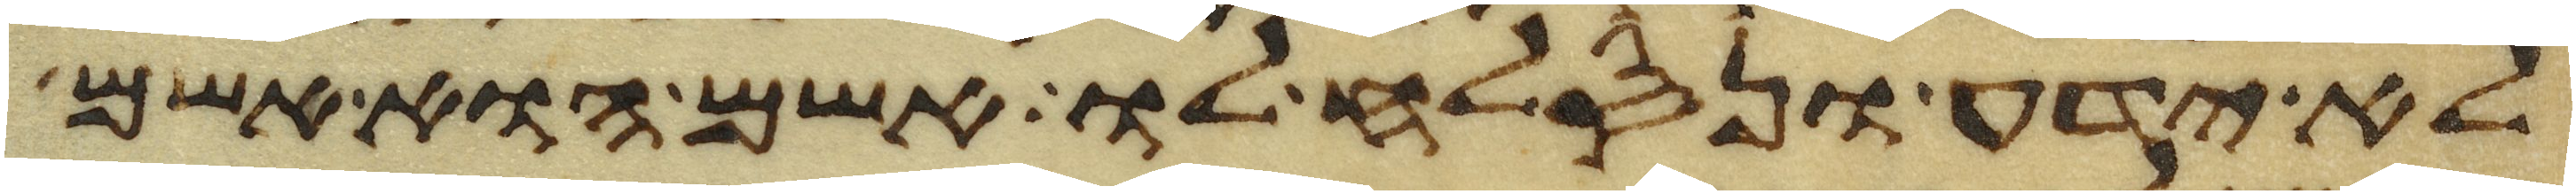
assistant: לא ידע ונסלח לו אשם הוא אשם